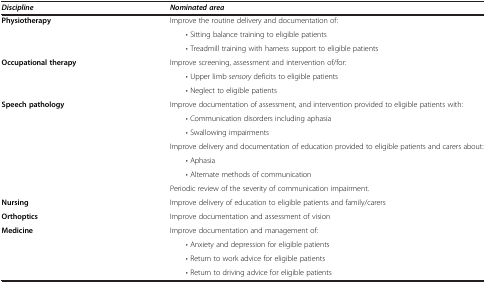
| Discipline | Nominated area |
 | --- | --- |
 | Physiotherapy | Improve the routine delivery and documentation of: |
 |  | • Sitting balance training to eligible patients |
 |  | • Treadmill training with harness support to eligible patients |
 | Occupational therapy | Improve screening, assessment and intervention of/for: |
 | <ROWSPAN=2>  | • Upper limb sensory deficits to eligible patients |
 | • Neglect to eligible patients |
 | Speech pathology | Improve documentation of assessment, and intervention provided to eligible patients with: |
 | <ROWSPAN=6>  | • Communication disorders including aphasia |
 | • Swallowing impairments |
 | Improve delivery and documentation of education provided to eligible patients and carers about: |
 | • Aphasia |
 | • Alternate methods of communication |
 | Periodic review of the severity of communication impairment. |
 | Nursing | Improve delivery of education to eligible patients and family/carers |
 | Orthoptics | Improve documentation and assessment of vision |
 | Medicine | Improve documentation and management of: |
 |  | • Anxiety and depression for eligible patients |
 |  | • Return to work advice for eligible patients |
 |  | • Return to driving advice for eligible patients |